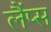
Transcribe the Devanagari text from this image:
लैंप्स